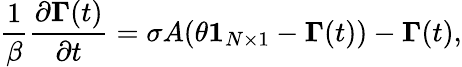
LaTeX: \frac{1}{\beta}\frac{\partial\boldsymbol{\Gamma}(t)}{\partial t}=\sigma A(\theta\boldsymbol{1}_{N\times 1}-\boldsymbol{\Gamma}(t))-\boldsymbol{\Gamma}(t),